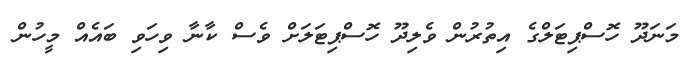
މަނަދޫ ހޮސްޕިޓަލްގެ އިތުރުން ވެލިދޫ ހޮސްޕިޓަލަށް ވެސް ކާނާ ވިހަވި ބައެއް މީހުން